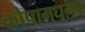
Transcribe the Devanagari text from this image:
कोपामधूनच